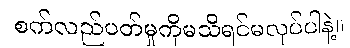
စက်လည်ပတ်မှုကိုမသိရင်မလုပ်ပါနဲ့။